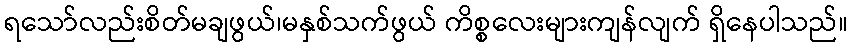
ရသော်လည်းစိတ်မချဖွယ်၊မနှစ်သက်ဖွယ် ကိစ္စလေးများကျန်လျက် ရှိနေပါသည်။